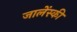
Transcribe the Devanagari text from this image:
जालेंस्की